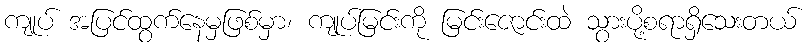
ကျုပ် အပြင်ထွက်နေမှဖြစ်မှာ၊ ကျုပ်မြင်းကို မြင်းဇောင်းထဲ သွားပို့စရာရှိသေးတယ်